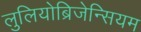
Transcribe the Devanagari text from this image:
लुलियोब्रिजेन्सियम